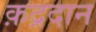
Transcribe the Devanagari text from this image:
क़द्रदान